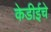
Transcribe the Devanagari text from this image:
केडीईचे